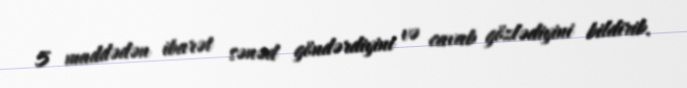
5 maddədən ibarət sənəd göndərdiyini və cavab gözlədiyini bildirib.